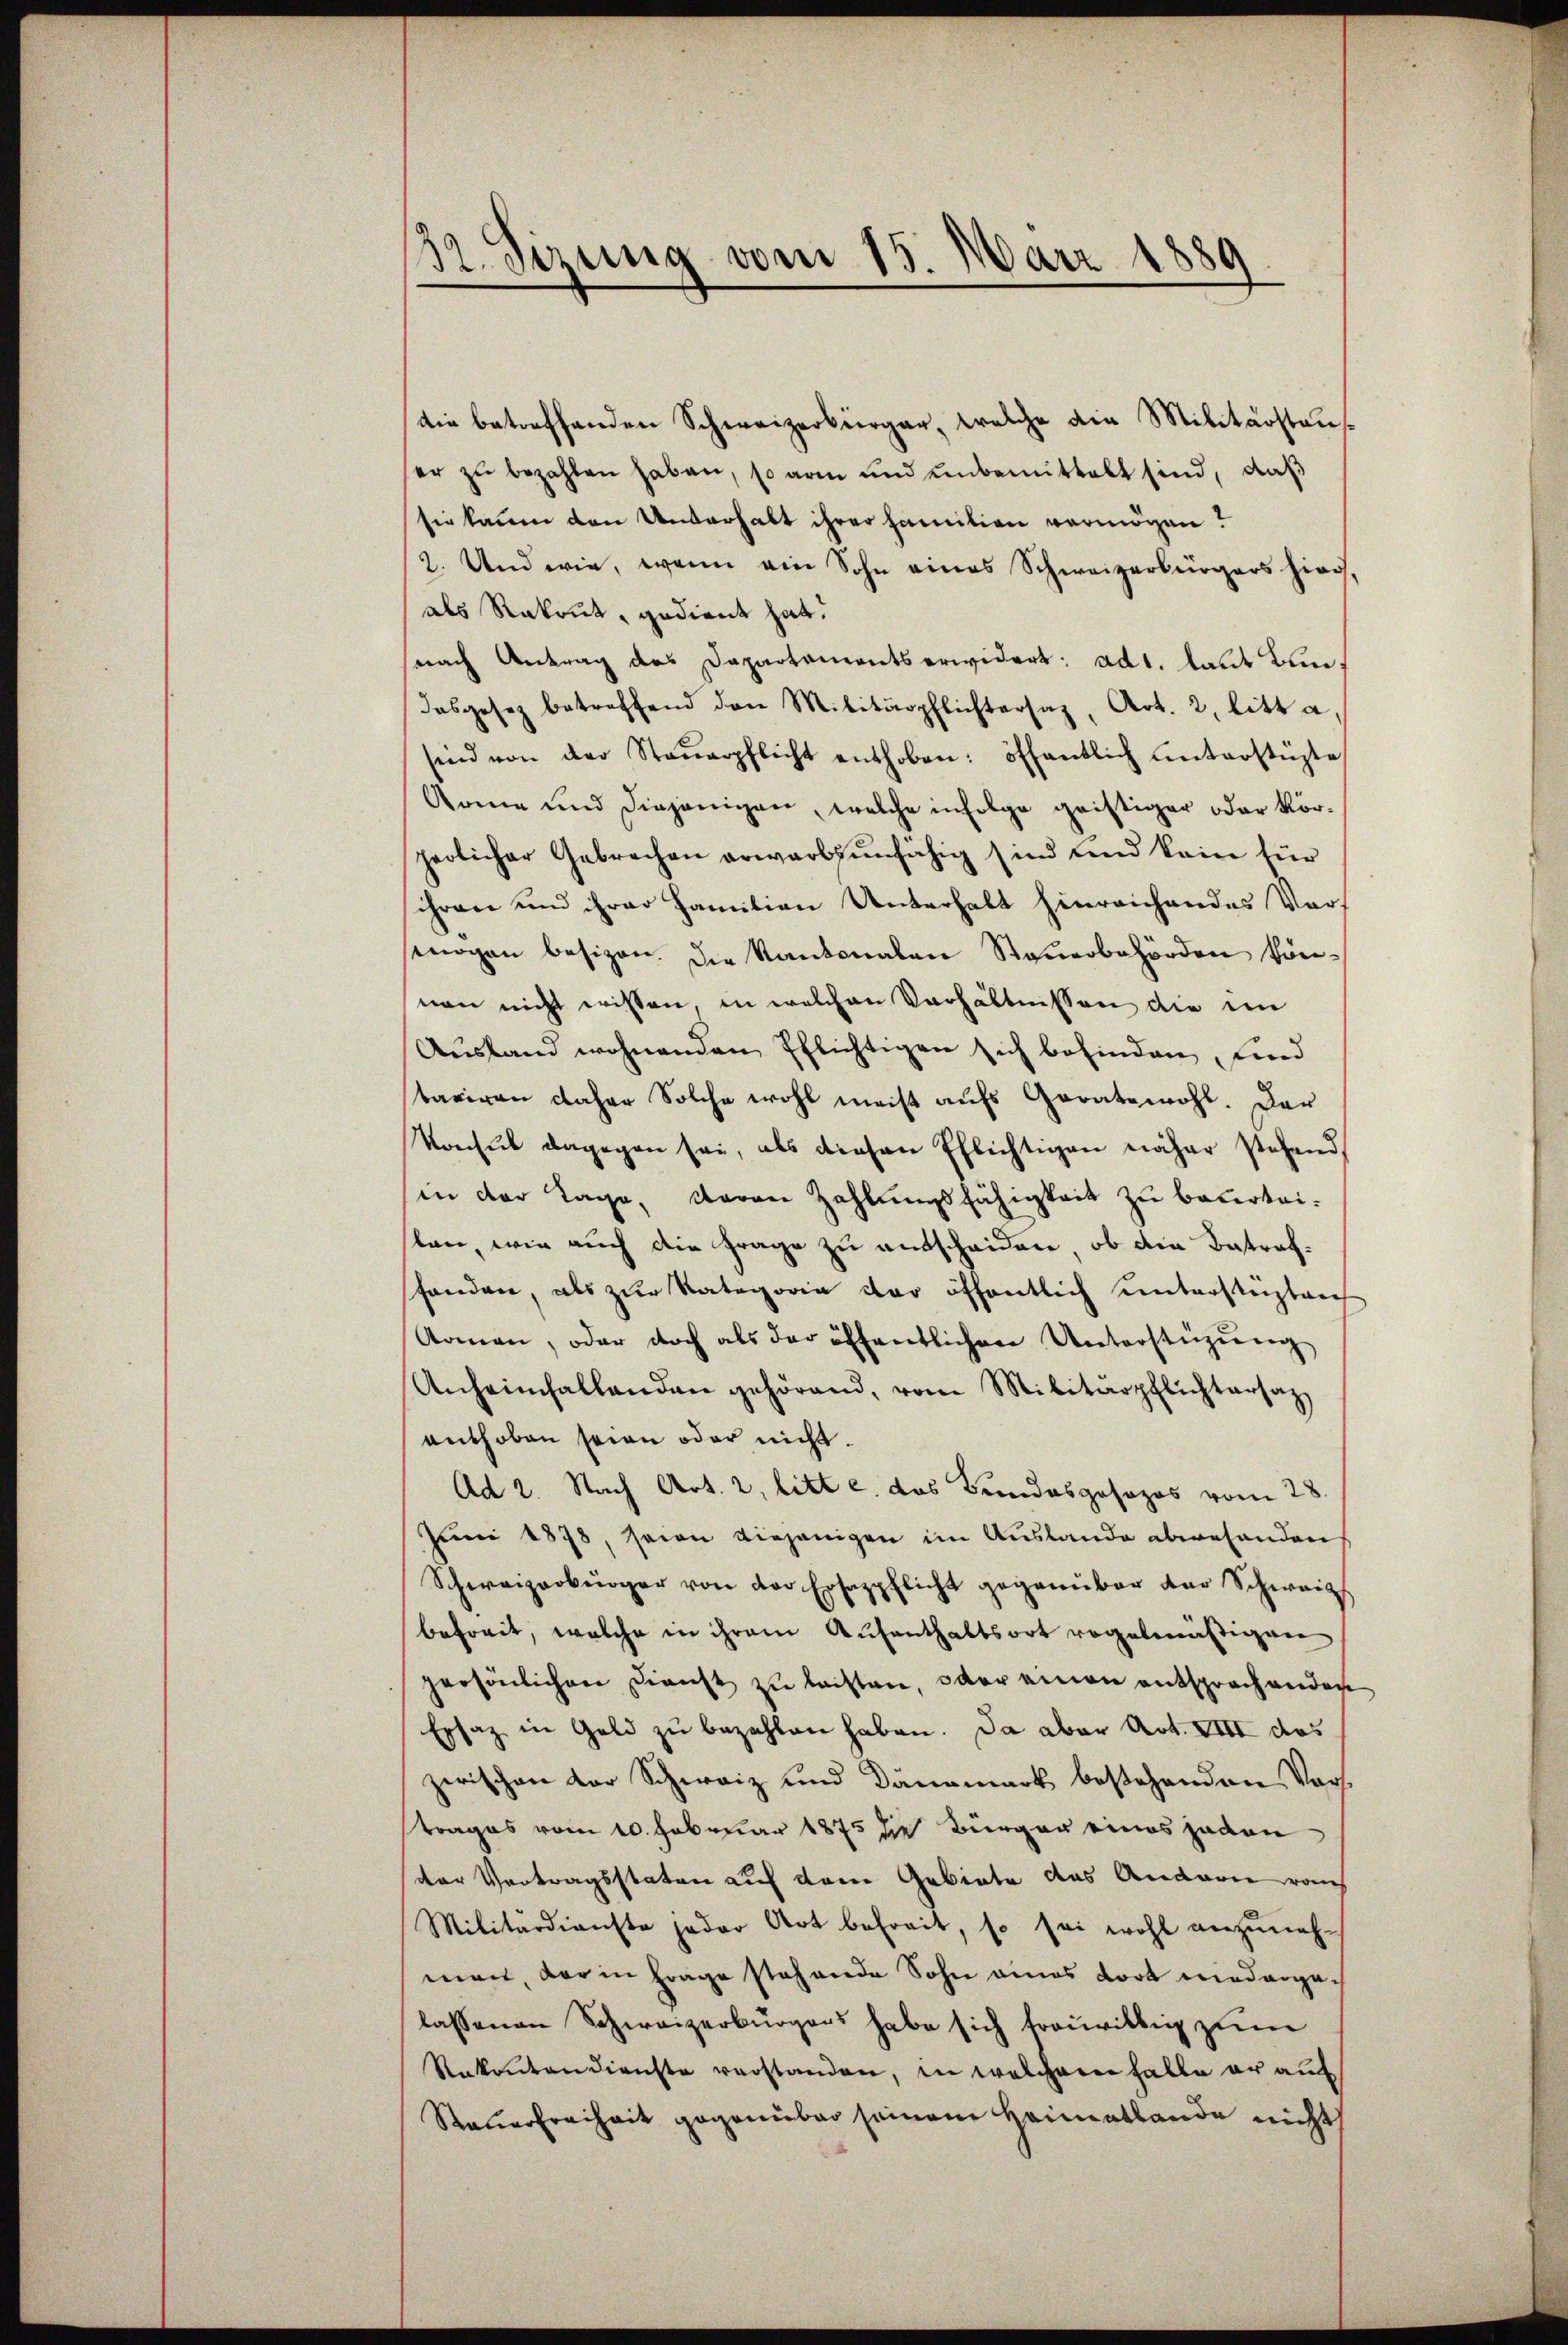
32. Sirung vom 15. März 1889
)

die betreffenden Schweizerbürger, welche die Militärstaufer zŭ bezahlen haben, so arm und unbemittelt sind, daß
sie kaum den Unterhalt ihrer Familien vermögen?
2. Und wie, wenn ein Sohn eines Schweizerbürgers hier,
als Rekrut, gedient hat.
nach Antrag des Dapartamentserwidert: ad1. laut Bundasgesez betreffend den Militärpflichtersaz, Art. 2, litt. a,
sind von der Steŭerpflicht enthoben: öffentlich unterstüzte
Arme und diejenigen, welche infolge geistiger oder körperlicher Gebrachen erwarbsunfähig sind und kein für
schren und ihrer Famition Unterhalt hinreichendes Vorsmogen besizen. Die Kantonalen Steŭerbehörden können nicht wissen, in welchen Verhältnissen die ein
Ausland wohnenden Pflichtigen sich befinden, sind
taxiren daher Solche wohl meist aufs Geratswohl. Dar
Konsul dagegen sei, als diesen Ehlichtigen näher stehend,
in der Tage, daran Zahlungsfähigkeit zu beurtei-
len, wie auch die Frage zu entscheiden, ob die Betraffanden, als zur Kategoria der öffentlich unterstüzten
Komen, oder doch als der öffentlichen Unterstüzŭng
Anheimfallenden gehörend, vom Militärpflichtersatz,
enthoben seien oder nicht.
Ad 2. Nach Art. 2, litt c. das Bundesgosozos vom 28.
Juni 1878, seien diejenigen im Auslande abwesenden
Schweizerbürger von der Ersazpflicht gegenüber der Schweiz
befreit, welche in ihrem Aufenthaltsort regelmäßigen
persönlichen Dienst zu leisten, oder einen entsprochenden
Ersatz in Geld zu bezahlen haben. Da aber Art. XIII des
zerischen der Schweiz und Dannmark bestehenden Vorstrages vom 10. Februar 1875 die Bürger eines jeden
der Vertragsstaten auf dem Gebiete das Andern raus
Militärdienste jeder Art befreit, so sei wohl anzunehman, der in Frage stehende Sohn eines dort niedergalassenen Schweizerbürgers habe sich trouvillig zum
Rakanton dienste verstanden, in welcherer Falle er auf
Steuerfreiheit gegenüber seinem Heimatbande nicht